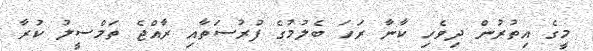
މީގެ އިތުރުން ދިވެހި ކާނާ ރަހަަ ބެލުމުގެ ފުރުސަތާއި ރާއްޖެ ތަމްސީލު ކުރާ